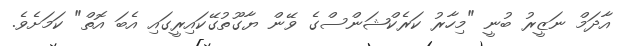
އާދަމް ނަޒީރު ބުނީ "މިހާރު ކަރެކްޝަންސްގެ ވޭން ޔާގޫތުގޭކައިރީގައި އެބަ އޮތް" ކަމަށެވެ.